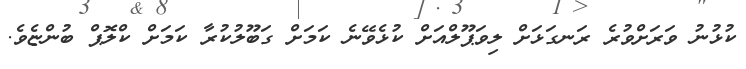
ކުޅުނު ވަރަށްވުރެ ރަނގަޅަށް ލިވަޕޫލްއަށް ކުޅެވޭނެ ކަމަށް ގަބޫލުކުރާ ކަމަށް ކްލޮޕް ބުންޏެވެ.